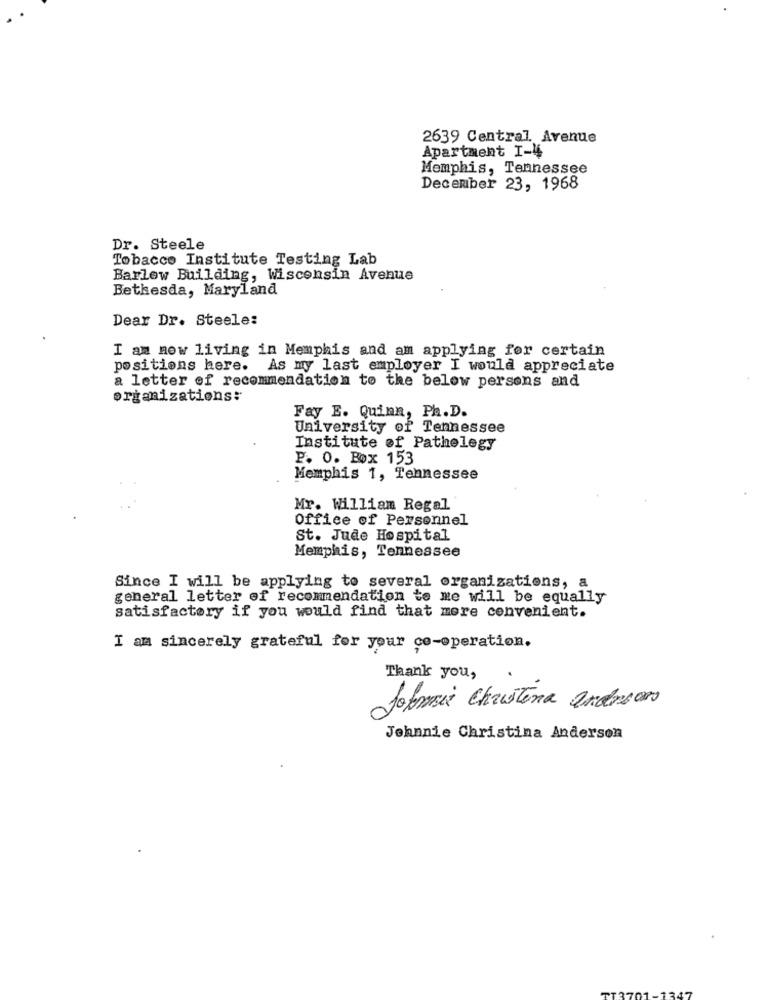
2639 Central Avenue
Apartment I-4
Memphis, Tennessee
December 23, 1968
Dr. Steele
Tobacco Institute Testing Lab
Barlow Building, Wisconsin Avenue
Bethesda, Maryland
Dear Dr. Steele:
I am now living in Memphis and am applying for certain
positions here. As my last employer I would appreciate
a letter of recommendation to the below persons and
organizations:
Fay E. Quinn, Ph.D.
University of Tennessee
Institute of Pathelegy
P. O. Box 153
Memphis 1, Tennessee
Mr. William Regal
Office of Personnel
St. Jude Hospital
Memphis, Tennessee
Since I will be applying to several organizations, a
general letter of recommendation to me will be equally
satisfactory if you would find that more convenient.
I am sincerely grateful for your co-operation.
Thank you,
Sofmis Christina andries
Johnnie Christina Anderson